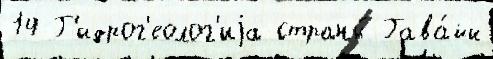
14 Г'идрог'еолог'иjа страны́ Гава́йи